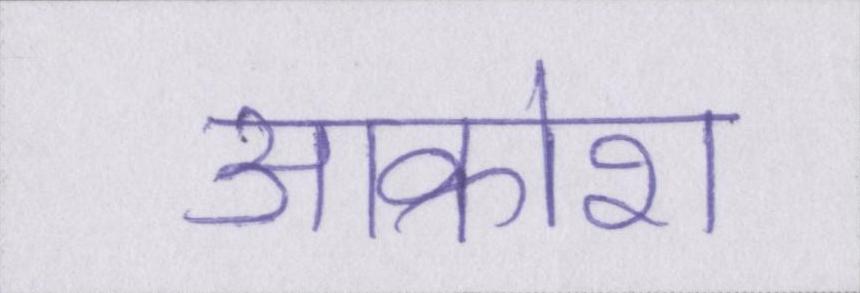
आक्रोश